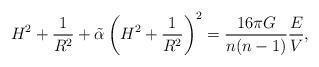
LaTeX: \begin{align*} H^2 +\frac{1}{R^2} +\tilde \alpha \left (H^2 +\frac{1}{R^2}\right)^2 = \frac{16\pi G}{n(n-1)}\frac{E}{V},\end{align*}